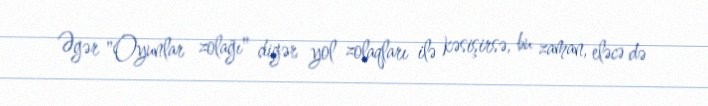
Əgər "Oyunlar zolağı" digər yol zolaqları ilə kəsişirsə, bu zaman, eləcə də